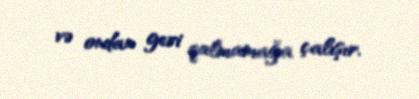
və ondan geri qalmamağa çalışır.